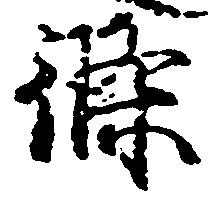
条